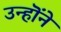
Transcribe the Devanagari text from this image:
उन्हॊंने